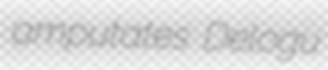
amputates Delogu